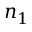
n _ { 1 }